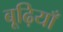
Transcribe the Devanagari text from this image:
बूढ़ियाँ